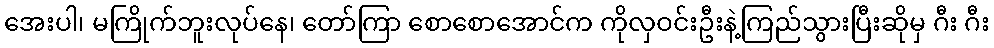
အေးပါ၊ မကြိုက်ဘူးလုပ်နေ၊ တော်ကြာ စောစောအောင်က ကိုလှဝင်းဦးနဲ့ကြည်သွားပြီးဆိုမှ ဂီး ဂီး